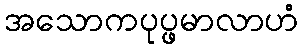
အသောကပုပ္ဖမာလာဟံ